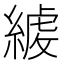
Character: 𦂇